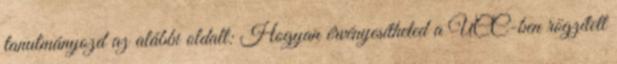
tanulmányozd az alábbi oldalt: Hogyan érvényesítheted a UCC-ben rögzített